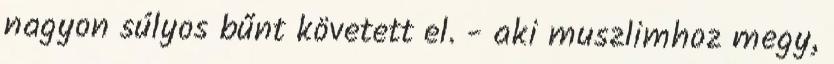
nagyon súlyos bűnt követett el. - aki muszlimhoz megy,